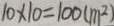
1 0 \times 1 0 = 1 0 0 ( m ^ { 2 } )